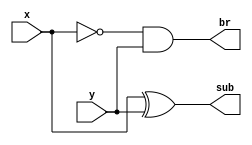
`timescale 1ns / 1ps
//////////////////////////////////////////////////////////////////////////////////
// Company: 
// 
// Design Name: 
// Module Name: HS
// Project Name: 
// Target Devices: 
// Tool Versions: 
// Description: 
// 
// Dependencies: 
// 
// Revision:
// Revision 0.01 - File Created
// Additional Comments:
// 
//////////////////////////////////////////////////////////////////////////////////


module HS(x,y,br,sub);
input x,y;
output br,sub;

assign sub = x^y;
assign br = ~x & y;
endmodule